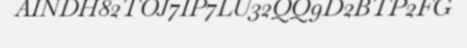
AINDH82TOJ7IP7LU32QQ9D2BTP2FG